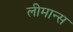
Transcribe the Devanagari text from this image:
लीमान्स